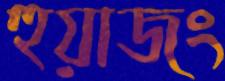
হুয়াজং